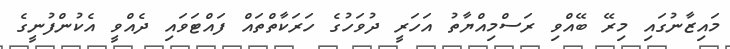
މައިޒާނުގައި މިރޭ ބޭއްވި ރަސްމިއްޔާތު އަހަރީ ދުވަހުގެ ހަރަކާތްތައް ފައްޓަވައި ދެއްވީ އެކުންފުނީގެ